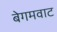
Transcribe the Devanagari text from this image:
बेगमवाट